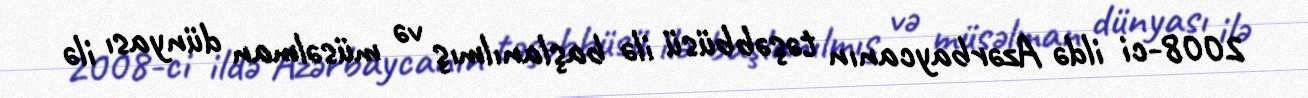
2008-ci ildə Azərbaycanın təşəbbüsü ilə başlanılmış və müsəlman dünyası ilə